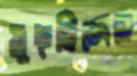
মুছছিলেন